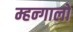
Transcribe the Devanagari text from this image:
म्हन्गालो